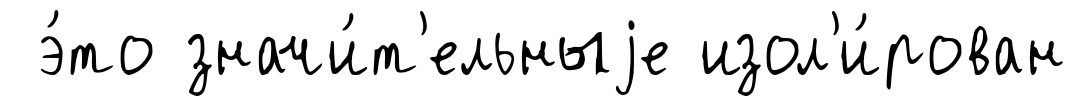
э́то значи́т'ельныjе изол'и́рован